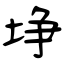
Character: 埩